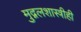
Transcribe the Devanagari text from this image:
मुद्गलशास्त्रीही